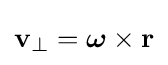
\mathbf {v} _{\perp }={\boldsymbol {\omega }}\times \mathbf {r}